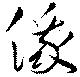
俄